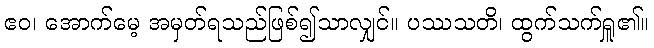
ဧဝ၊ အောက်မေ့ အမှတ်ရသည်ဖြစ်၍သာလျှင်။ ပဿသတိ၊ ထွက်သက်ရှူ၏။